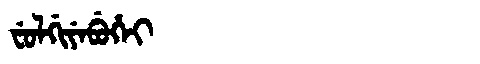
Manchu: ᠸᡠᠯᡤᡳᠶᡝᠪᡠᡥᡝᡳ
Romanization: FULGIYEBUHEI